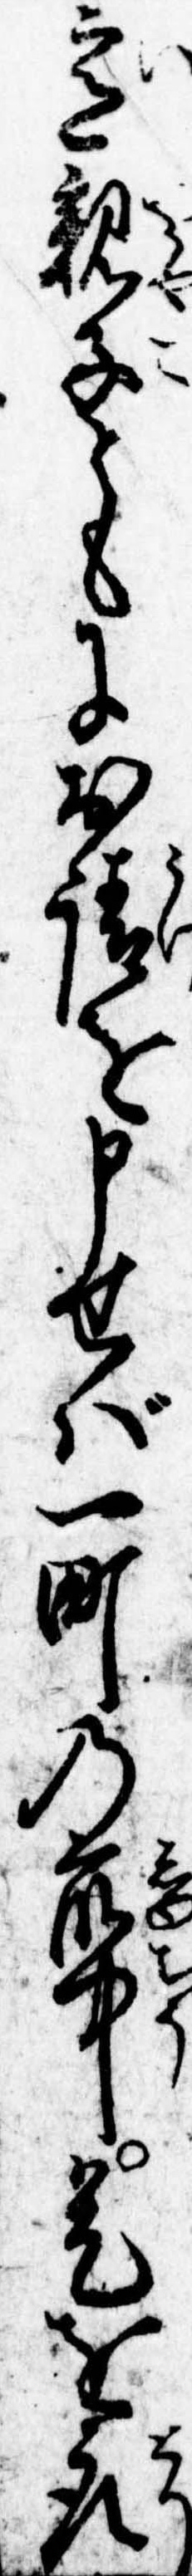
意親子ともにお請を申せば一町の衆中是を取